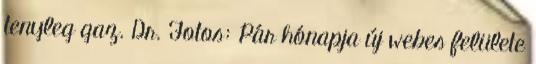
tenyleg gaz. Dr. Fotos: Pár hónapja új webes felülete